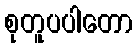
စုတူပပါတော